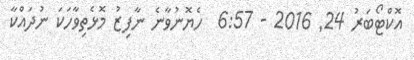
އޮކްޓޯބަރު 24